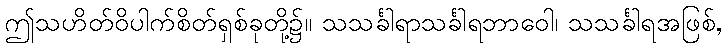
ဤသဟိတ်ဝိပါက်စိတ်ရှစ်ခုတို့၌။ သသင်္ခါရာသင်္ခါရဘာဝေါ၊ သသင်္ခါရအဖြစ်,